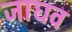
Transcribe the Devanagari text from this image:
जाघव